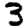
Digit: 3